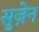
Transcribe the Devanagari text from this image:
सुज़ेन